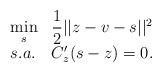
LaTeX: \begin{align*}\begin{array}{ll}\underset{s}{\min} & \dfrac{1}{2}||z-v-s||^2\\s.a. &C'_z(s-z)=0.\end{array}\end{align*}